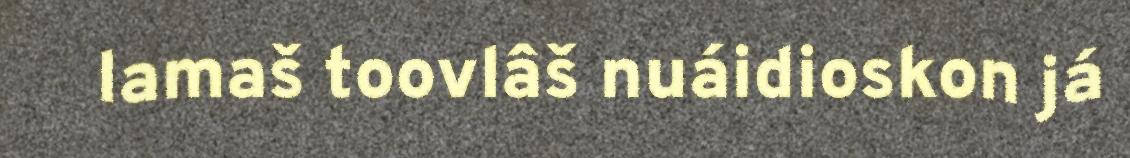
lamaš toovlâš nuáidioskon já